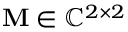
\ensuremath { \mathbf { M } } \in \mathbb { C } ^ { 2 \times 2 }